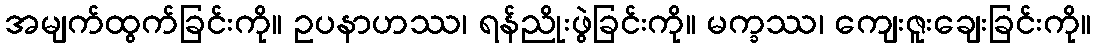
အမျက်ထွက်ခြင်းကို။ ဥပနာဟဿ၊ ရန်ညိုးဖွဲခြင်းကို။ မက္ခဿ၊ ကျေးဇူးချေးခြင်းကို။